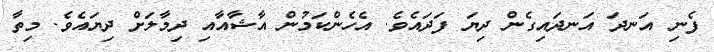
ފެނި އަނދަ އަނދައިގެން ދިޔަ ފަދައެވެ. އެހެންކަމުން އާޝާއާއި ދިމާލަށް ދިޔައެވެ. މިތާ